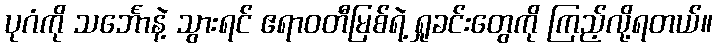
ပုဂံကို သင်္ဘောနဲ့ သွားရင် ဧရာဝတီမြစ်ရဲ့ ရှုခင်းတွေကို ကြည့်လို့ရတယ်။